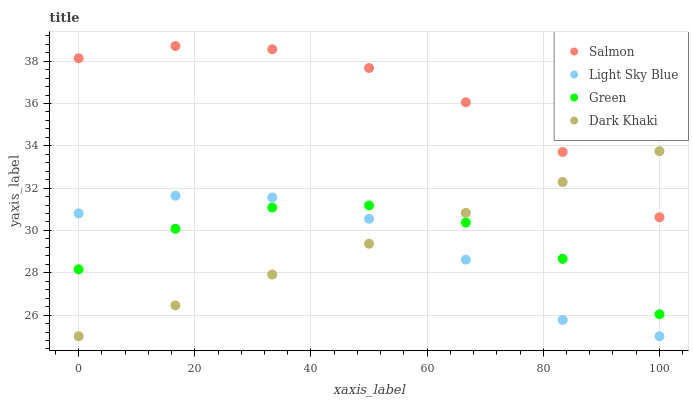
| xaxis_label | Salmon | Light Sky Blue | Green | Dark Khaki |
 | --- | --- | --- | --- | --- |
 | 0 | 38.1 | 30.8 | 28.2 | 25 |
 | 16.7 | 38.7 | 31.6 | 30.1 | 26.5 |
 | 33.3 | 38.6 | 31.6 | 31.1 | 27.9 |
 | 50 | 37.7 | 30.6 | 31.2 | 29.4 |
 | 66.7 | 36.1 | 28.6 | 30.4 | 30.8 |
 | 83.3 | 33.7 | 25.8 | 28.7 | 32.3 |
 | 100 | 30.6 | 25 | 26 | 33.7 |